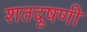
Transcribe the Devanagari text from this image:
शतदूषणी